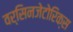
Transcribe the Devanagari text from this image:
वर्सिनजेटोरिक्स